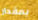
بمقدار